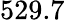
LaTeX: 529.7